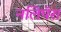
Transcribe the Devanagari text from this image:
नलिपॅरा